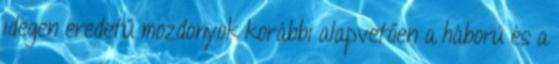
idegen eredetű mozdonyok korábbi alapvetően a háború és a